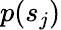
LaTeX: p({s}_{j})